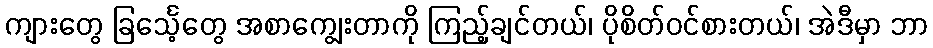
ကျားတွေ ခြင်္သေ့တွေ အစာကျွေးတာကို ကြည့်ချင်တယ်၊ ပိုစိတ်ဝင်စားတယ်၊ အဲဒီမှာ ဘာ